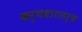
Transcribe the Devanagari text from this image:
कर्णधारातर्फे